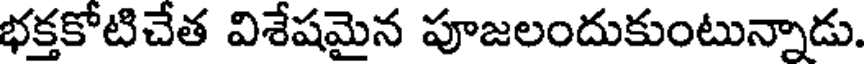
భక్తకోటిచేత విశేషమైన పూజలందుకుంటున్నాడు.